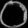
Digit: ၀